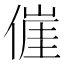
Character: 𬿕